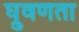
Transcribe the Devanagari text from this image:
घ्रुवणता